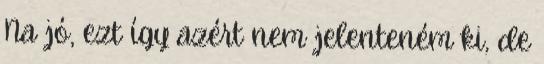
Na jó, ezt így azért nem jelenteném ki, de